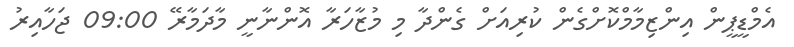
އެމްޑީޕީން އިންޒިމާމްކޮށްގެން ކުރިއަށް ގެންދާ މި މުޒާހަރާ އޮންނާނީ މާދަމާރޭ 09:00 ޖަހާއިރު